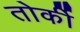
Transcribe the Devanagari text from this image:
तोर्की